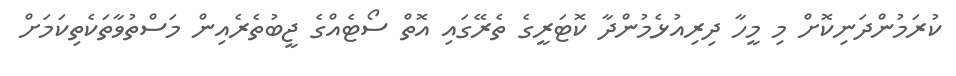
ކުރަމުންދަނިކޮށް މި މީހާ ދިރިއުޅެމުންދާ ކޮޓަރީގެ ތެރޭގައި އޮތް ސޯޓެއްގެ ޖީބުތެރެއިން މަސްތުވާތަކެތިކަމަށް